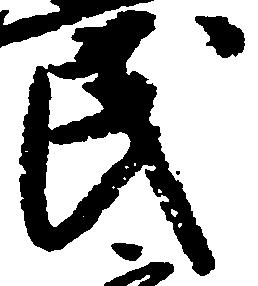
民